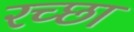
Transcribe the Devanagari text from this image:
रच्‍छा